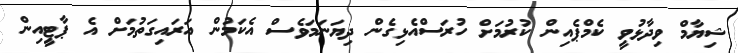
ޝިޔާމް ވިދާޅުވީ ކެމްޕެއިން ކުރުމަށް ހުރަސްއެޅިގެން ދިޔަނަމަވެސް އެކަމުން އަރައިގަތުމަށް އެ ޕާޓީިއިން